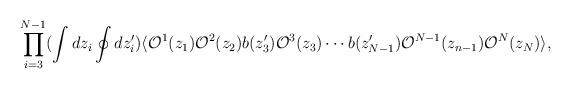
LaTeX: \begin{align*}\prod ^{N-1}_{i=3} (\int dz_{i} \oint dz'_{i}) \langle{\cal O}^{1}(z_{1}) {\cal O}^{2}(z_{2}) b(z'_{3}){\cal O}^{3}(z_3) \cdots b(z'_{N-1}) {\cal O}^{N-1}(z_{n-1}){\cal O}^{N}(z_{N})\rangle,\end{align*}